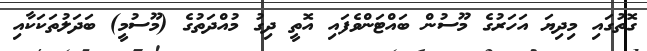
ގޮތުގައި މިދިޔަ އަހަރުގެ މޫސުން ބައްޓަންވެފައި އޮތީ ދިގު މުއްދަތުގެ (މޫސުމީ) ބަދަލުތަކަކާއި